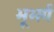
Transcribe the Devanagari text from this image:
भूभर्ग